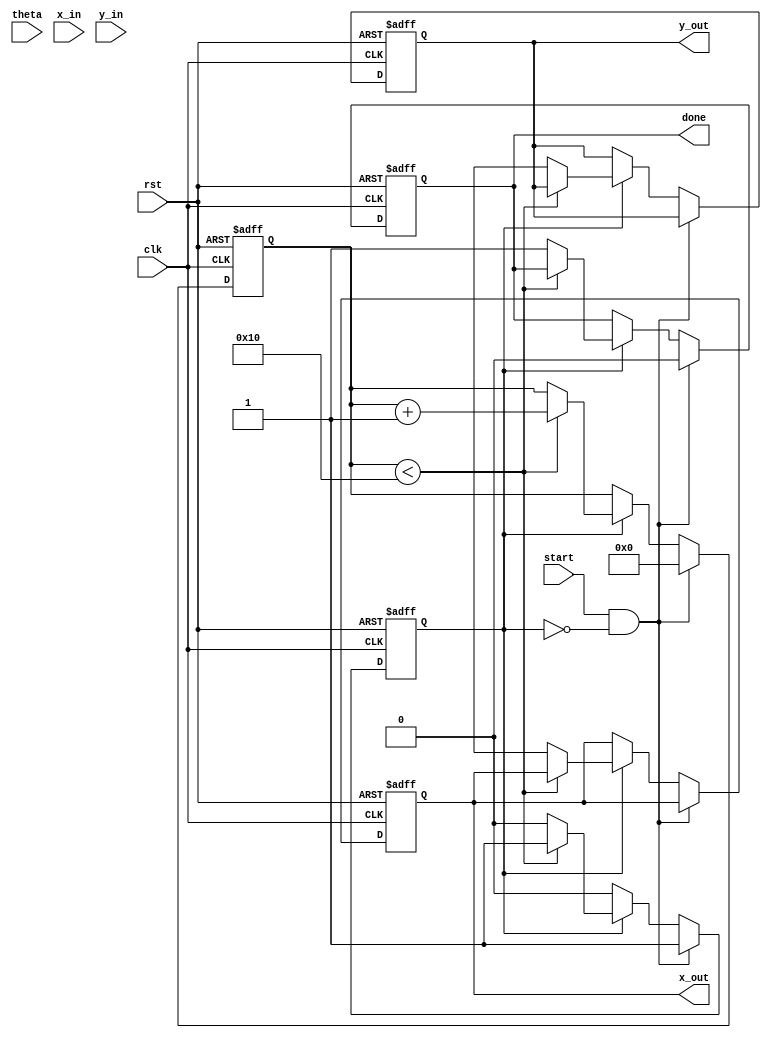
module Pipeline_CORDIC (
    input wire clk,
    input wire rst,
    input wire start,
    input wire [15:0] theta, // Input angle in fixed-point representation
    input wire [15:0] x_in,   // Initial x coordinate
    input wire [15:0] y_in,   // Initial y coordinate
    output reg [15:0] x_out,  // Output x coordinate
    output reg [15:0] y_out,  // Output y coordinate
    output reg done
);

    // CORDIC Configuration
    parameter NUM_STAGES = 16; // Number of CORDIC stages
    reg [15:0] angle_table [0:NUM_STAGES-1]; // Angle lookup table
    initial begin
        // Initialize the angle lookup table with predefined values
        angle_table[0] = 16'h2000; // atan(2^-0)
        angle_table[1] = 16'h1000; // atan(2^-1)
        angle_table[2] = 16'h0800; // atan(2^-2)
        angle_table[3] = 16'h0400; // atan(2^-3)
        angle_table[4] = 16'h0200; // atan(2^-4)
        angle_table[5] = 16'h0100; // atan(2^-5)
        angle_table[6] = 16'h0080; // atan(2^-6)
        angle_table[7] = 16'h0040; // atan(2^-7)
        angle_table[8] = 16'h0020; // atan(2^-8)
        angle_table[9] = 16'h0010; // atan(2^-9)
        angle_table[10] = 16'h0008; // atan(2^-10)
        angle_table[11] = 16'h0004; // atan(2^-11)
        angle_table[12] = 16'h0002; // atan(2^-12)
        angle_table[13] = 16'h0001; // atan(2^-13)
        angle_table[14] = 16'h0000; // atan(2^-14)
        angle_table[15] = 16'hFFFF; // atan(2^-15)
    end

    // Pipeline Registers
    reg [15:0] x_reg [0:NUM_STAGES-1];
    reg [15:0] y_reg [0:NUM_STAGES-1];
    reg [15:0] theta_reg [0:NUM_STAGES-1];

    // Control Signals
    reg [3:0] stage;
    reg processing;

    always @(posedge clk or posedge rst) begin
        if (rst) begin
            stage <= 0;
            processing <= 0;
            done <= 0;
            x_out <= 0;
            y_out <= 0;
        end else if (start && !processing) begin
            // Start processing
            x_reg[0] <= x_in;
            y_reg[0] <= y_in;
            theta_reg[0] <= theta;
            processing <= 1;
            stage <= 0;
            done <= 0;
        end else if (processing) begin
            if (stage < NUM_STAGES) begin
                // CORDIC rotation operation
                if (theta_reg[stage] >= 0) begin
                    x_reg[stage + 1] <= x_reg[stage] - (y_reg[stage] >> stage);
                    y_reg[stage + 1] <= y_reg[stage] + (x_reg[stage] >> stage);
                    theta_reg[stage + 1] <= theta_reg[stage] - angle_table[stage];
                end else begin
                    x_reg[stage + 1] <= x_reg[stage] + (y_reg[stage] >> stage);
                    y_reg[stage + 1] <= y_reg[stage] - (x_reg[stage] >> stage);
                    theta_reg[stage + 1] <= theta_reg[stage] + angle_table[stage];
                end
                stage <= stage + 1;
            end else begin
                // Final output
                x_out <= x_reg[NUM_STAGES];
                y_out <= y_reg[NUM_STAGES];
                done <= 1;
                processing <= 0; // Reset processing
            end
        end
    end
endmodule